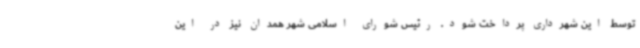
توسط این شهرداری پرداخت شود. رئیس شورای اسلامی شهر همدان نیز در این